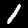
Digit: 1